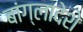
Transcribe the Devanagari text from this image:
बांग्लादेशे